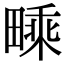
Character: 𤳁